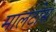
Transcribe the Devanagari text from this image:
मालटोस